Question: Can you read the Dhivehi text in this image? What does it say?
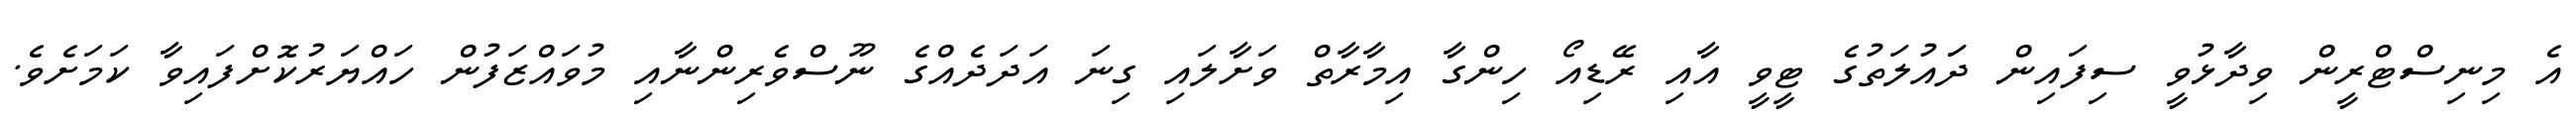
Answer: އެ މިނިސްޓްރީން ވިދާޅުވީ ސިފައިން ދަައުލަތުގެ ޓީވީ އާއި ރޭޑިއޯ ހިންގާ އިމާރާތް ވަށާލައި ގިނަ އަދަދެއްގެ ނޫސްވެރިންނާއި މުވައްޒަފުން ހައްޔަރުކޮށްފައިވާ ކަމަށެވެ.